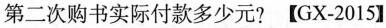
第二次购书实际付款多少元?【GX-2015】